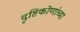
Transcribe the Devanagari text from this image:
दृष्टिकोणांच्या